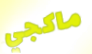
ماكجي